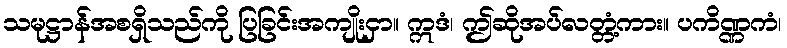
သမုဋ္ဌာန်အစရှိသည်ကို ပြခြင်းအကျိုးငှာ။ ဣဒံ၊ ဤဆိုအပ်လတ္တံ့ကား။ ပကိဏ္ဏကံ၊